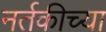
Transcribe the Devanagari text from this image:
नर्तकीच्या